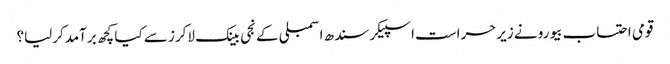
قومی احتساب بیورو نے زیرحراست اسپیکر سندھ اسمبلی کے نجی بینک لاکرز سے کیا کچھ برآمدکرلیا؟